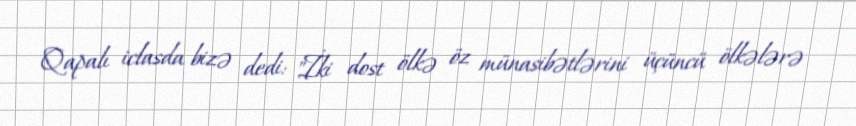
Qapalı iclasda bizə dedi: "İki dost ölkə öz münasibətlərini üçüncü ölkələrə